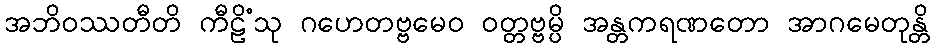
အဘိဝဿတီတိ ကီဠိံသု ဂဟေတဗ္ဗမေဝ ဝတ္တဗ္ဗမ္ပိ အန္တကရဏတော အာဂမေတုန္တိ